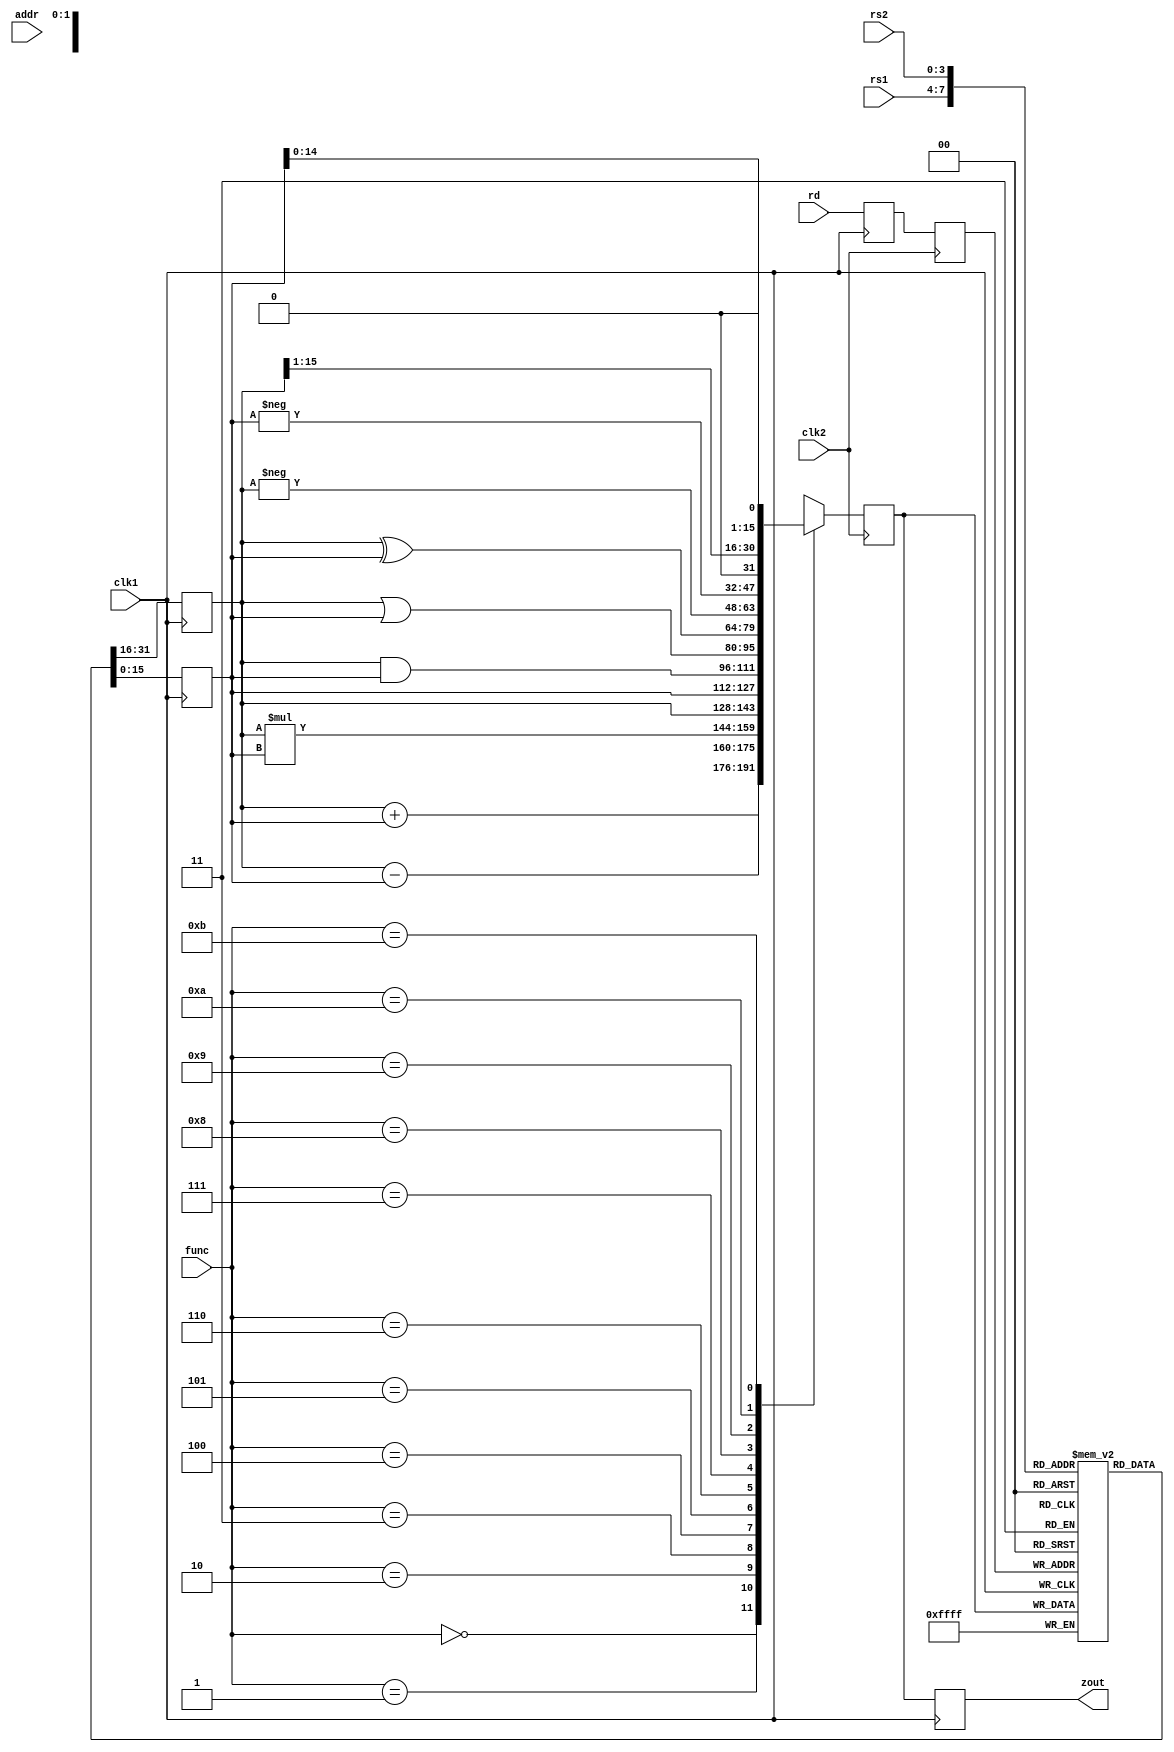
`timescale 1ns / 1ps
//////////////////////////////////////////////////////////////////////////////////
// Company: 
// Engineer: 
// 
// Design Name: 
// Module Name:    pipe_ex2 
// Project Name: 
// Target Devices: 
// Tool versions: 
// Description: 
//
// Dependencies: 
//
// Revision: 
// Revision 0.01 - File Created
// Additional Comments: 
//
//////////////////////////////////////////////////////////////////////////////////
module pipe_ex2(zout,rs1,rs2,rd,func,addr,clk1,clk2);
input [3:0] rs1,rs2,rd,func;
input[7:0] addr;
input clk1,clk2;
output [15:0] zout;
reg [15:0] L12_A,L12_B,L23_Z,L34_Z;
reg[3:0] L12_rd,L12_func,L23_rd;
reg [7:0] L12_addr,L23_addr,L34_addr;
reg[15:0] regbank[0:15];
reg[15:0] mem[0:255];
assign zout=L34_Z;
always @ (posedge clk1)
begin
L12_A<= #2 regbank[rs1];
L12_B<= #2 regbank[rs2];
L12_rd<= #2 rd;
L12_func<= #2 func;
L12_addr<= #2 addr;
end
always @ (negedge clk2)
begin
case(func)
0:L23_Z<=#2 L12_A+L12_B;
1:L23_Z<=#2 L12_A-L12_B;
2:L23_Z<=#2 L12_A*L12_B;
3:L23_Z<=#2 L12_A;
4:L23_Z<=#2 L12_B;
5:L23_Z<=#2 L12_A&L12_B;
6:L23_Z<=#2 L12_A|L12_B;
7:L23_Z<=#2 L12_A^L12_B;
8:L23_Z<=#2 -L12_A;
9:L23_Z<=#2 -L12_B;
10:L23_Z<=#2 L12_A>>1;
11:L23_Z<=#2 L12_B<<1;
default:L23_Z<= #2 16'hxxxx;
endcase
L23_rd<=#2 L12_rd;
L23_addr<=#2 L12_addr;
end
always@(posedge clk1)
begin
regbank [L23_rd]<= #2 L23_Z;
L34_Z<=#2 L23_Z;
L34_addr<= #2 L23_addr;
end
always @(negedge clk2)
begin
mem[L34_addr]<=#2 L34_Z;
end
endmodule